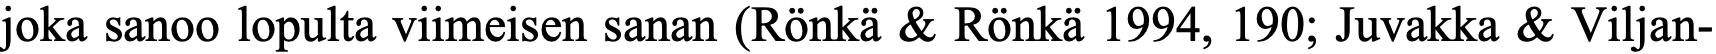
joka sanoo lopulta viimeisen sanan (Rönkä & Rönkä 1994, 190; Juvakka & Viljan-